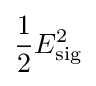
{\frac {1}{2}}E_{\mathrm {sig} }^{2}